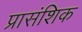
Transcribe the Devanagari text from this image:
प्रासंशिक